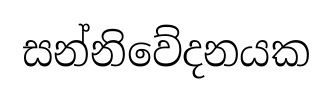
සන්නිවේදනයක